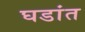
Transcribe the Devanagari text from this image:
घडांत